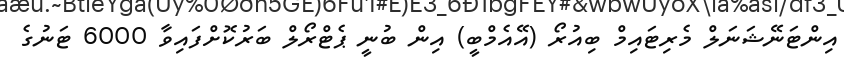
އިންޓަނޭޝަނަލް މެރިޓައިމް ބިއުރޯ (އޭއެމްބީ) އިން ބުނީ ޕެޓްރޯލް ބަރުކޮށްފައިވާ 6000 ޓަނުގެ